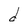
Character: d